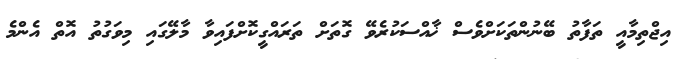
އިޖްތިމާއީ ތަފާތު ބޭނުންތަކަށްވެސް ޚާއްސަކުރެވޭ ގޮތަށް ތަރައްގީކޮށްފައިވާ މާލޭގައި މިވަގުތު އޮތް އެންމެ